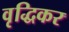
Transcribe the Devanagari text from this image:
वृद्धिकर